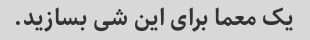
یک معما برای این شی بسازید.